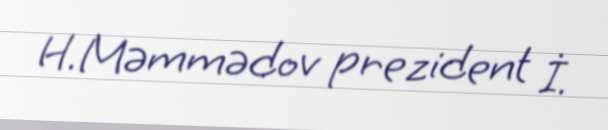
H.Məmmədov prezident İ.